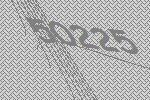
50225